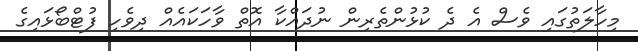
މިހާލަތުގައި ވެސް އެ ދެ ކުޅުންތެރިން ނުދައްކާ އޮތް ވާހަކައެއް ދިވެހި ފުޓްބޯޅައިގެ